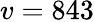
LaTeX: v=843